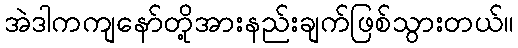
အဲဒါကကျနော်တို့အားနည်းချက်ဖြစ်သွားတယ်။